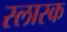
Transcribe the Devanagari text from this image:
स्लास्क